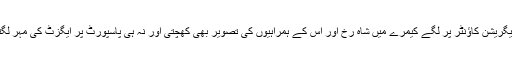
اتفاقاً امیگریشن کاؤنٹر پر لگے کیمرے میں شاہ رخ اور اس کے ہمراہیوں کی تصویر بھی کھچتی اور نہ ہی پاسپورٹ پر ایگزٹ کی مہر لگتی ہے۔